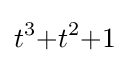
t^{3}{+}t^{2}{+}1